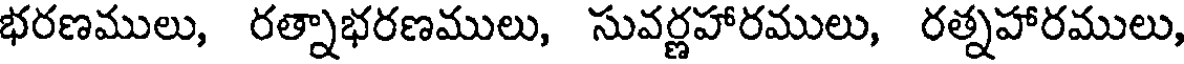
భరణములు, రత్నాభరణములు, సువర్ణహారములు, రత్నహారములు,